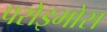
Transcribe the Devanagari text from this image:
परोइमोस